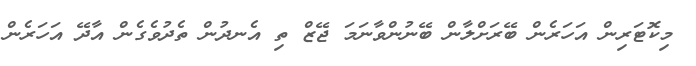
މިކޮޓަރިން އަހަރެން ބޭރަށްލާން ބޭނުންވާނަމަ ޖޭޒް ތި އެނދުން ތެދުވެގެން އާދޭ އަހަރެން